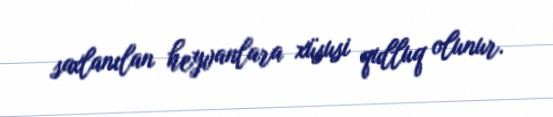
saxlanılan heyvanlara xüsusi qulluq olunur.